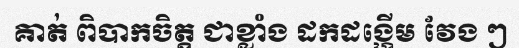
គាត់ ពិបាកចិត្ត ជាខ្លាំង ដកដង្ហើម វែង ៗ